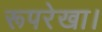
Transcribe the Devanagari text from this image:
रूपरेखा।